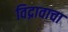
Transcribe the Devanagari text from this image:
विद्रावाचा